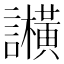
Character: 𬣕